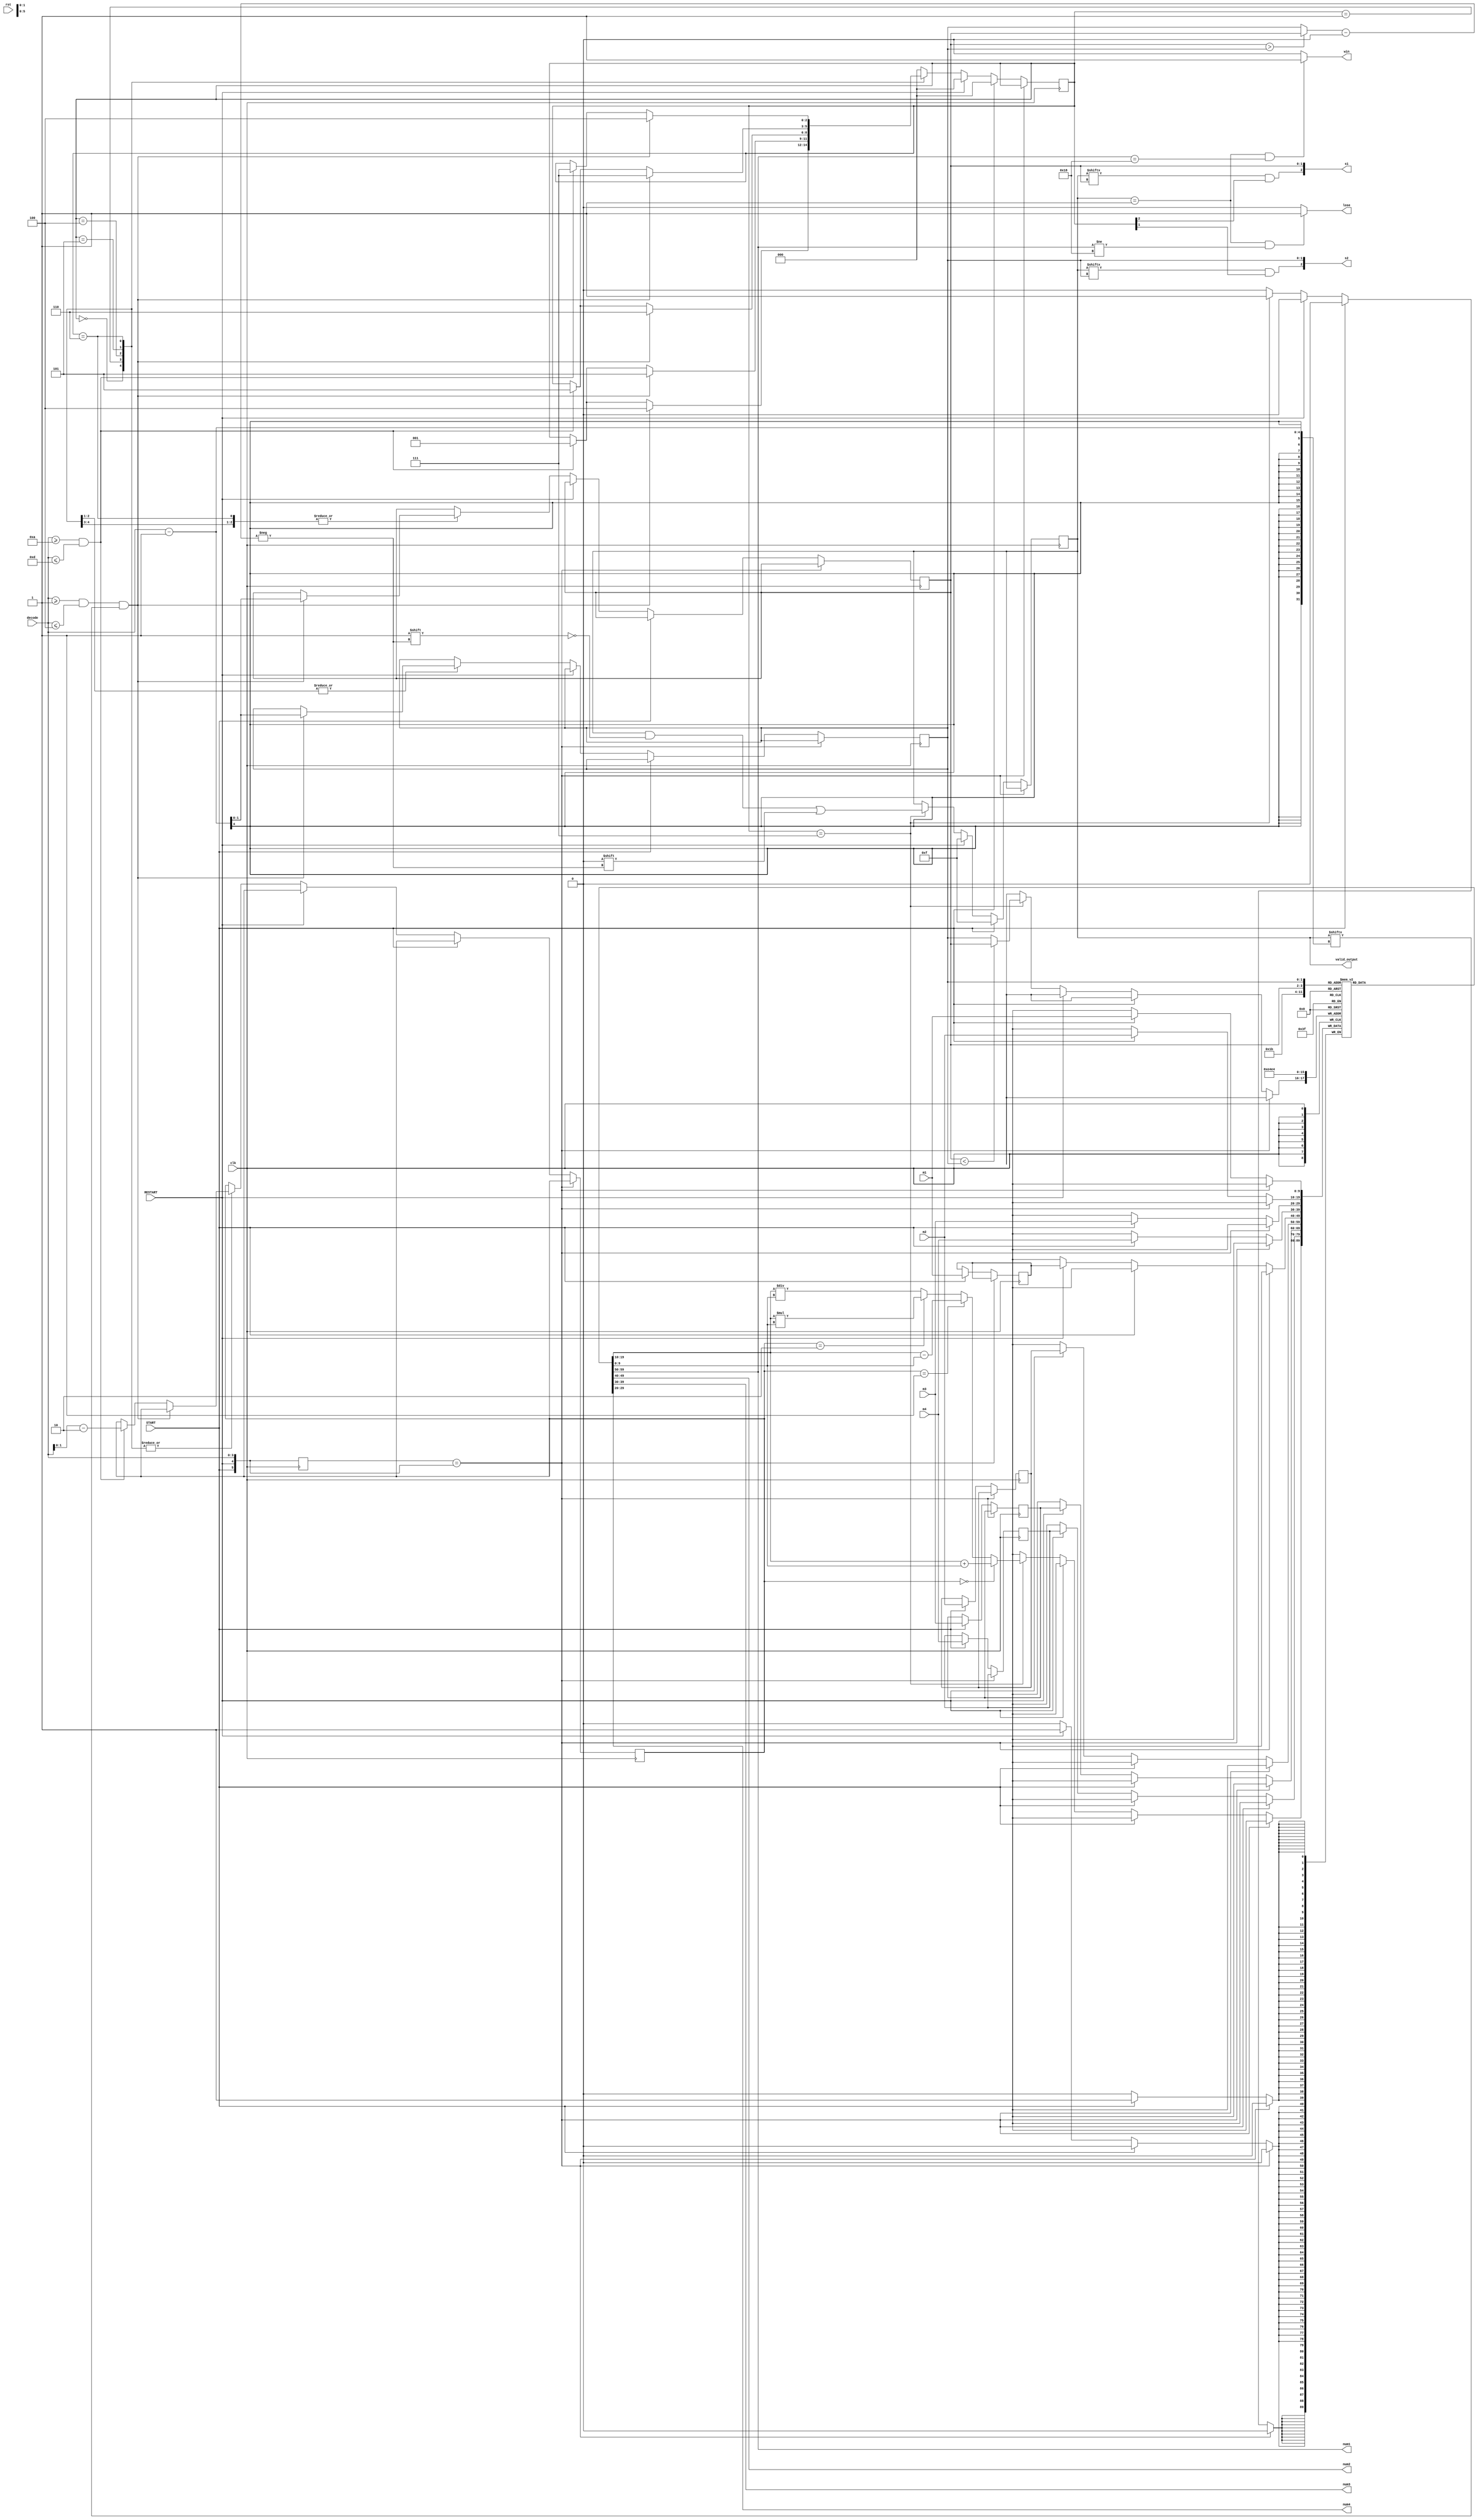
module FSM(clk, rst, START, RESTART, decode, m1, m2, m3, m4, num1, num2, num3, num4, valid_output, s1, s2, win, lose);
    input clk, START, RESTART; // START = new game
    input rst;	// rst: reset random number generator
    input [3:0] decode;
    input [9:0] m1, m2, m3, m4;
    output [9:0] num1, num2, num3, num4;
    output [3:0] valid_output;
    output [2:0] s1, s2;
    // MSB is select_1 is actually being selected
    assign s1 = {valid[select_1] && state[2] == 1, select_1};
    assign s2 = {valid[select_2] && state[1] == 1, select_2};

    wire [3:0] index;
    reg [9:0] num[0:3];
    reg [3:0] valid=4'b1111;
    reg [9:0] num1_old, num2_old, num3_old, num4_old;
    wire [5:0] signal;
    reg [5:0] last_signal;
    reg [2:0] state;
    reg [3:0] last_state;
    reg [1:0] select_1; // 00 if num1, num[0], valid bit [0]
    // wire [1:0] select_1_i;	// work around about wrong selection
    reg [1:0] select_2;
    // wire [1:0] select_2_i;
    wire [1:0] select_smaller;
    wire [1:0] select_larger;
    reg [1:0] op;
    wire [9:0] cal_num1, cal_num2;
    wire [9:0] result_add, result_sub, result_mul, result_div;
    wire [9:0] result;
    output wire win;
    output wire lose;

    assign win = (valid == 4'b0001 && num[0] == 24) ? 1 : 0;
    assign lose = (valid == 4'b0001 && num[0] != 24) ? 1 : 0;

    assign num1=num[0];
    assign num2=num[1];
    assign num3=num[2];
    assign num4=num[3];
    assign valid_output=valid;

    assign signal={START, RESTART, decode};

    //assign select_1_i = 5 - select_1;
    //assign select_2_i = 5 - select_2;

    //assign select_smaller = select_1_i < select_2_i ? select_1_i : select_2_i;
    //assign select_larger = select_1_i > select_2_i ? select_1_i : select_2_i;

    assign select_smaller = select_1 < select_2 ? select_1 : select_2;
    assign select_larger = select_1 > select_2 ? select_1 : select_2;

    assign cal_num1 = num[select_1];
    assign cal_num2 = num[select_2];

    assign result_add=cal_num1+cal_num2;
    assign result_sub=cal_num1-cal_num2;
    assign result_mul=cal_num1*cal_num2;
    assign result_div=cal_num1/cal_num2;

    assign result=(op==2'b00 ? result_add : (op==2'b01 ? result_sub : (op==2'b10 ? result_mul : result_div)));

    always @(posedge clk) begin
        last_signal<=signal;
        if(last_signal==signal) begin
        end else
        begin
            if(START==1) begin
                state <= 3'b000;
                num[0] <= m1;
                num[1] <= m2;
                num[2] <= m3;
                num[3] <= m4;
                num1_old[9:0] <= m1[9:0];
                num2_old[9:0] <= m2[9:0];
                num3_old[9:0] <= m3[9:0];
                num4_old[9:0] <= m4[9:0];
                valid <= 4'b1111;
            end else
            begin
                if(RESTART==1) begin // may want to check if there are values to go back to
                    state <= 3'b000;
                    num[0][9:0] <= num1_old[9:0];
                    num[1][9:0] <= num2_old[9:0];
                    num[2][9:0] <= num3_old[9:0];
                    num[3][9:0] <= num4_old[9:0];
                    valid <= 4'b1111;
                end else begin
                    case(state) // b2 b1 b0, b0 = operator selected, b1 = operand2, b2 = operand1
                        3'b000: begin
                            if (decode>=4'b0001 && decode<=4'b0100 && (valid[decode - 1] == 1'b1)) begin
                                select_1 <= decode - 1;
                                state<=3'b100;
                            end else begin
                                if(decode >= 4'b1010&& decode <= 4'b1101) begin
                                    op <= decode - 4'b1010;
                                    state<=3'b001;
                                end else begin
                                end
                            end
                        end
                        3'b001: begin
                            if(decode>=4'b0001 && decode<=4'b0100 && (valid[decode - 1] == 1'b1)) begin
                                select_1 <= decode - 1;
                                state<=3'b101;
                            end else begin if(decode>=4'b1010&& decode<=4'b1101) begin
                                    op <= decode - 4'b1010;
                                    state<=3'b001;
                                end else begin
                                end
                            end
                        end
                        3'b100: begin
                            if(decode>=4'b0001 && decode<=4'b0100 && (valid[decode - 1] == 1'b1)) begin
                                select_2 <= decode - 1;
                                state<=3'b110;
                            end else begin if(decode>=4'b1010&& decode<=4'b1101) begin
                                    op <= decode - 4'b1010;
                                    state<=3'b101;
                                end else begin
                                end
                            end
                        end
                        3'b101: begin
                            if(decode>=4'b0001 && decode<=4'b0100 && (valid[decode - 1] == 1'b1)) begin
                                select_2 <= decode - 1;
                                state<=3'b111;
                            end else begin
                                if(decode>=4'b1010&& decode<=4'b1101) begin // override operator
                                    op <= decode - 4'b1010;
                                    state<=3'b101;
                                end else begin
                                end
                            end
                        end
                        3'b110: begin
                            if(decode>=4'b0001 && decode<=4'b0100 && (valid[decode - 1] == 1'b1)) begin // override select1, clear select2
                                select_1 <= decode - 1;
                                state<=3'b100;
                            end else begin if(decode>=4'b1010&& decode<=4'b1101) begin
                                    op <= decode - 4'b1010;
                                    state<=3'b111;
                                end else begin
                                end
                            end
                        end
                        3'b111: begin // operation is ready to go
                            num[select_smaller] <= result;
                            valid[select_larger] <= 1'b0;
                            state <= 3'b000;
                        end
                        default: begin // if we end up end up in a weird state, restart
                            state <= 3'b000;
                        end
                    endcase
                end
            end
        end
    end
endmodule